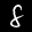
Label: 8